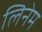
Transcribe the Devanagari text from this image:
लिनेम